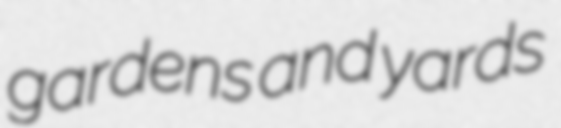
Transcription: gardens and yards